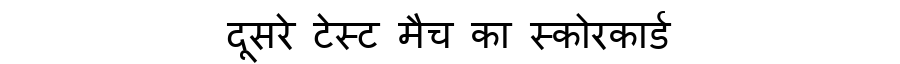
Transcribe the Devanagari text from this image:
दूसरे टेस्ट मैच का स्कोरकार्ड